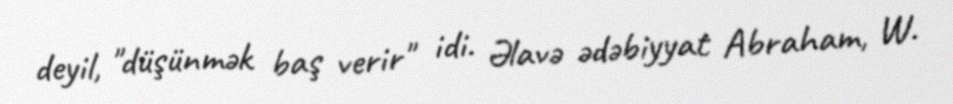
deyil, "düşünmək baş verir" idi. Əlavə ədəbiyyat Abraham, W.